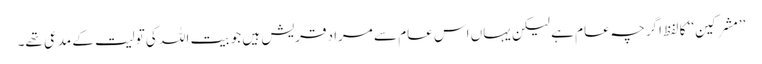
’’مشرکین‘‘ کا لفظ اگرچہ عام ہے لیکن یہاں اس عام سے مراد قریش ہیں جو بیت اللہ کی تولیت کے مدعی تھے۔